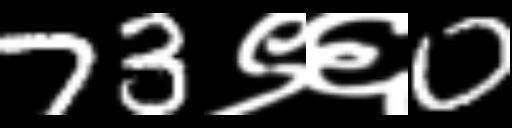
Text: 73९६0